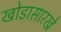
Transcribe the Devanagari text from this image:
खोडासारखे